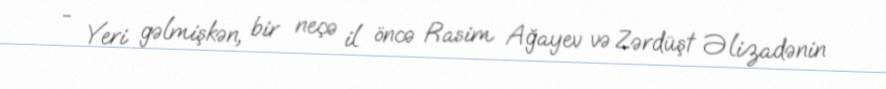
- Yeri gəlmişkən, bir neçə il öncə Rasim Ağayev və Zərdüşt Əlizadənin